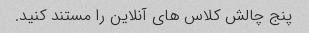
پنج چالش کلاس های آنلاین را مستند کنید.